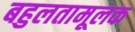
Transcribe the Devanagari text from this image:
बहुलतामूलक